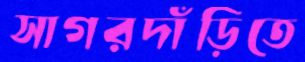
সাগরদাঁড়িতে